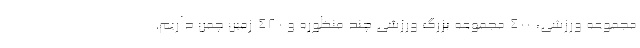
مجموعه ورزشی، ۴۰۰ مجموعه بزرگ ورزشی چند منظوره و ۴۸۰ زمین چمن داریم.